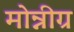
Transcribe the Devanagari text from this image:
मोन्नीग्र